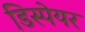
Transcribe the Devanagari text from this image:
डिस्पेयर